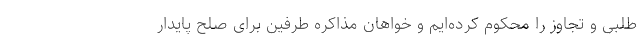
طلبی و تجاوز را محکوم کرده‌ایم و خواهان مذاکره طرفین برای صلح پایدار